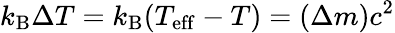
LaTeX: k_{\mathrm{B}}\Delta T=k_{\mathrm{B}}(T_{\mathrm{eff}}-T)=(\Delta m)c^{2}